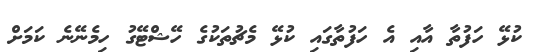
ކުޅޭ ހަފުތާ އާއި އެ ހަފުތާގައި ކުޅޭ މެޗުތަކުގެ ހޭޝްޓޭގު ހިމެނޭނެ ކަމަށް